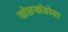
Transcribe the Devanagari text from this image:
खेळखंडोबा